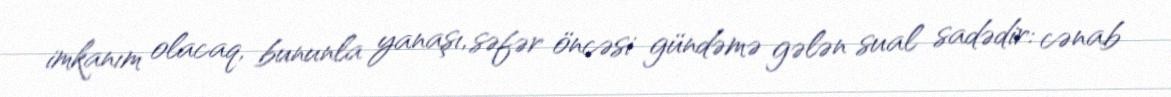
imkanım olacaq, bununla yanaşı, səfər öncəsi gündəmə gələn sual sadədir: cənab